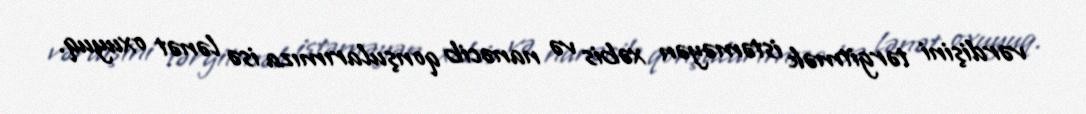
vərdişini tərgitmək istəməyən xəbis və nanəcib qonşularımıza isə lənət oxuyuq.